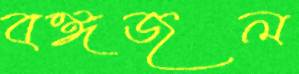
বঙ্গজল